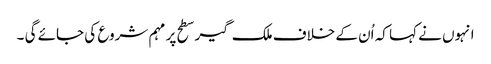
انہوں نے کہا کہ اُن کے خلاف ملک گیر سطح پر مہم شروع کی جائے گی ۔